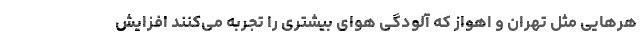
هرهایی مثل تهران و اهواز که آلودگی هوای بیشتری را تجربه می‌کنند افزایش